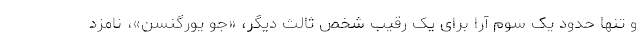
و تنها حدود یک سوم آرا برای یک رقیب شخص ثالث دیگر، «جو یورگنسن»، نامزد